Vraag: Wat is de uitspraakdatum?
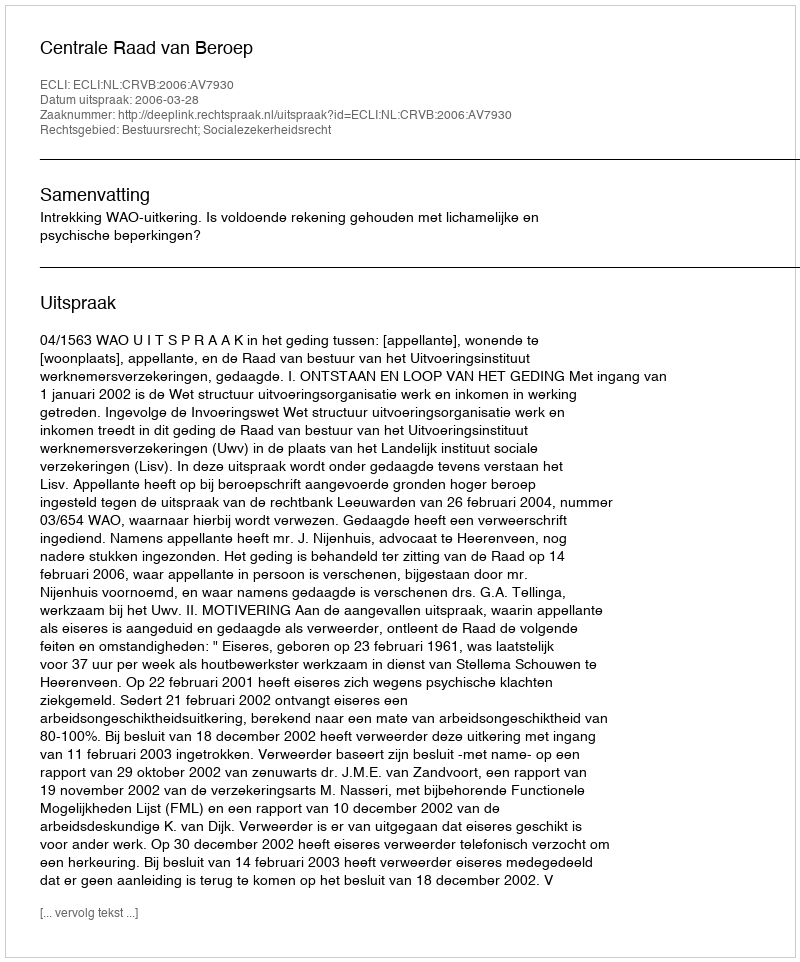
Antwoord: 2006-03-28